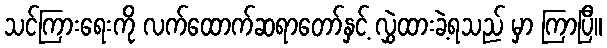
သင်ကြားရေးကို လက်ထောက်ဆရာတော်နှင့် လွှဲထားခဲ့ရသည် မှာ ကြာပြီ။